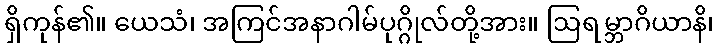
ရှိကုန်၏။ ယေသံ၊ အကြင်အနာဂါမ်ပုဂ္ဂိုလ်တို့အား။ ဩရမ္ဘာဂိယာနိ၊